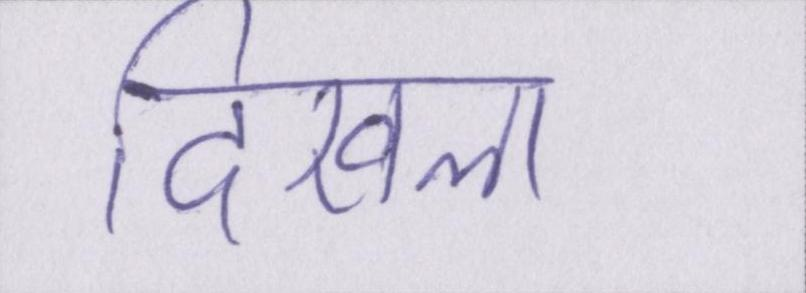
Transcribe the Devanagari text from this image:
दिखला